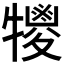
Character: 𤛵